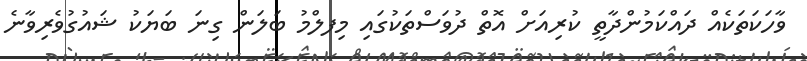
ވާހަކަތަކެއް ދައްކަމުންދާތީ ކުރިއަށް އޮތް ދުވަސްތަކުގައި މިފލްމު ބަލަން ގިނަ ބަޔަކު ޝައުގުވެރިވާނެ